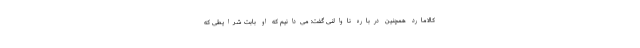
کالامارد همچنین درباره ناوالنی گفت: می‌دانیم که او بابت شرایطی که